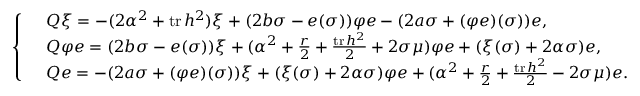
\left\{ \begin{array} { l l } & { Q \xi = - ( 2 \alpha ^ { 2 } + \operatorname { t r } h ^ { 2 } ) \xi + ( 2 b \sigma - e ( \sigma ) ) \varphi e - ( 2 a \sigma + ( \varphi e ) ( \sigma ) ) e , } \\ & { Q \varphi e = ( 2 b \sigma - e ( \sigma ) ) \xi + ( \alpha ^ { 2 } + \frac { r } { 2 } + \frac { \operatorname { t r } h ^ { 2 } } { 2 } + 2 \sigma \mu ) \varphi e + ( \xi ( \sigma ) + 2 \alpha \sigma ) e , } \\ & { Q e = - ( 2 a \sigma + ( \varphi e ) ( \sigma ) ) \xi + ( \xi ( \sigma ) + 2 \alpha \sigma ) \varphi e + ( \alpha ^ { 2 } + \frac { r } { 2 } + \frac { \operatorname { t r } h ^ { 2 } } { 2 } - 2 \sigma \mu ) e . } \end{array} \right.